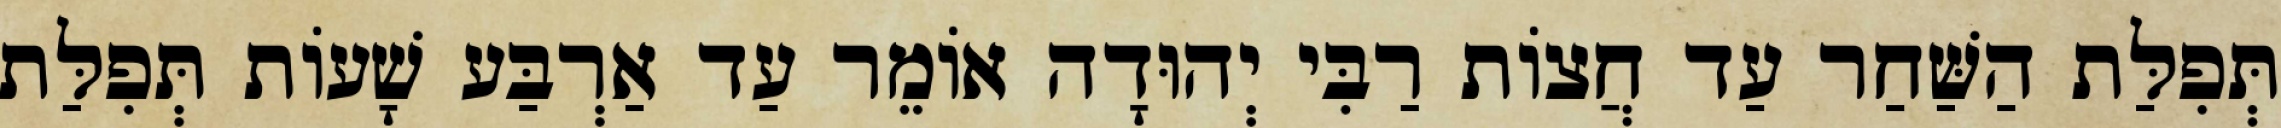
תְּפִלַּת הַשַּׁחַר עַד חֲצוֹת רַבִּי יְהוּדָה אוֹמֵר עַד אַרְבַּע שָׁעוֹת תְּפִלַּת